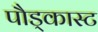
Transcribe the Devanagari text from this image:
पौड्कास्ट